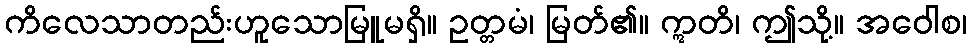
ကိလေသာတည်းဟူသောမြူမရှိ။ ဥတ္တမံ၊ မြတ်၏။ ဣတိ၊ ဤသို့။ အဝေါစ၊